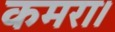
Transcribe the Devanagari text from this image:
कमरा।